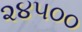
૨૪૫૦૦